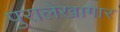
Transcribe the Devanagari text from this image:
पुरालेखागार